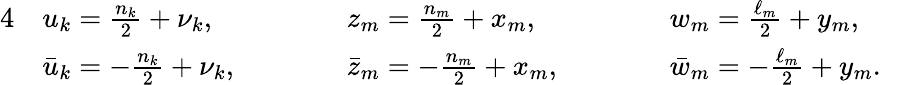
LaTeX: \begin{array}{rlrlrlr}{{4}}&{u_{k}=\frac{n_{k}}2+\nu_{k},\qquad}&&{z_{m}=\frac{n_{m}}2+x_{m},\qquad}&&{w_{m}=\frac{\ell_{m}}2+y_{m},}&\\ &{\bar{u}_{k}=-\frac{n_{k}}2+\nu_{k},\qquad}&&{\bar{z}_{m}=-\frac{n_{m}}2+x_{m},\qquad}&&{\bar{w}_{m}=-\frac{\ell_{m}}2+y_{m}.}&\end{array}